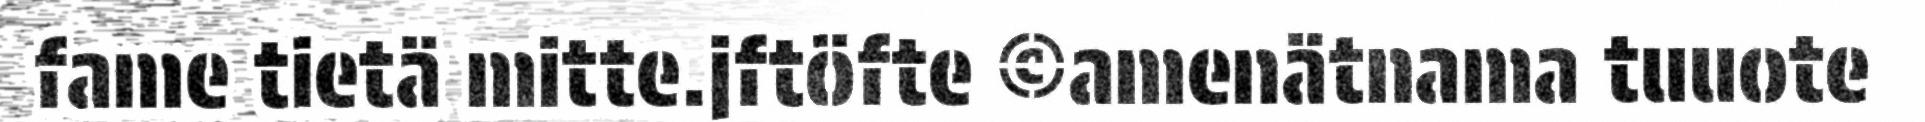
fame tietä mitte.jftöfte ©amenätnama tuuote